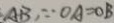
A B , \because O A = O B